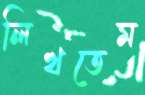
লিখতেম